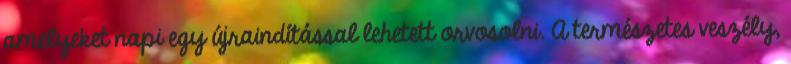
amelyeket napi egy újraindítással lehetett orvosolni. A természetes veszély,